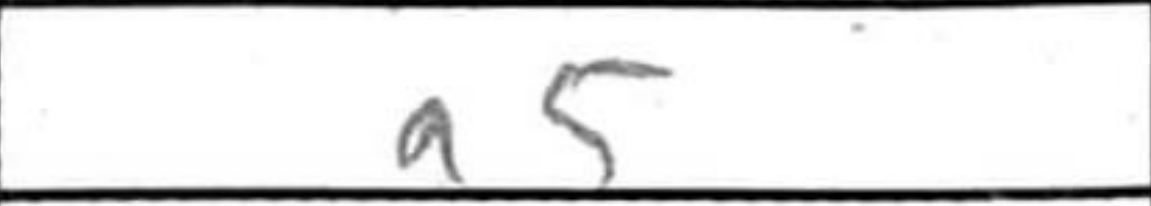
Transcription: a5